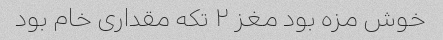
خوش مزه بود مغز ۲ تکه مقداری خام بود